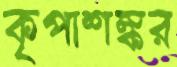
কৃপাশঙ্কর